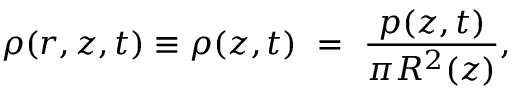
\rho ( r , z , t ) \equiv \rho ( z , t ) \ = \ \frac { p ( z , t ) } { \pi R ^ { 2 } ( z ) } ,